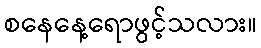
စနေနေ့ရောဖွင့်သလား။